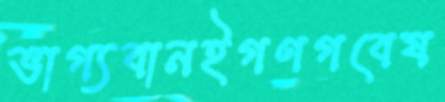
ভাগ্যবানইগণগবেষ